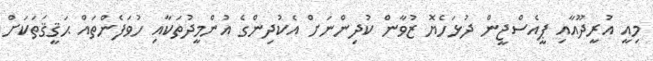
މިއީ އުރީދޫއާއި ޕީއެސްޖީން ދުޅަހެޔޮ ޒުވާން ކުދިންނަށް އެކުދިންގެ އުންމީދުތަކާއި ހުވަފެންތައް ޙަޤީޤަތަކަށް